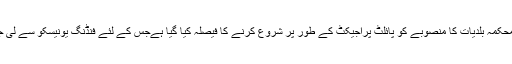
ذرائع کے مطابق منصوبے میں خطیر رقم شامل ہونے کے باعث محکمہ بلدیات کا منصوبے کو پائلٹ پراجیکٹ کے طور پر شروع کرنے کا فیصلہ کیا گیا ہےجس کے لئے فنڈنگ یونیسکو سے لی جائے گی اور فی یونین کونسل 1 لاکھ 76 ہزار روپےخرچ آئے گا۔